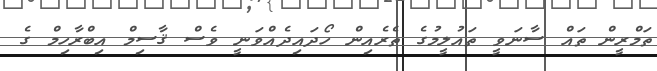
ތަމްރީން ތައް ސާނަވީ ތައުލީމުގެ ތެރެއިން ހޯދައިދެއްވަނީ ވެސް ޤާސިމް އިބްރާހިމް ގެ